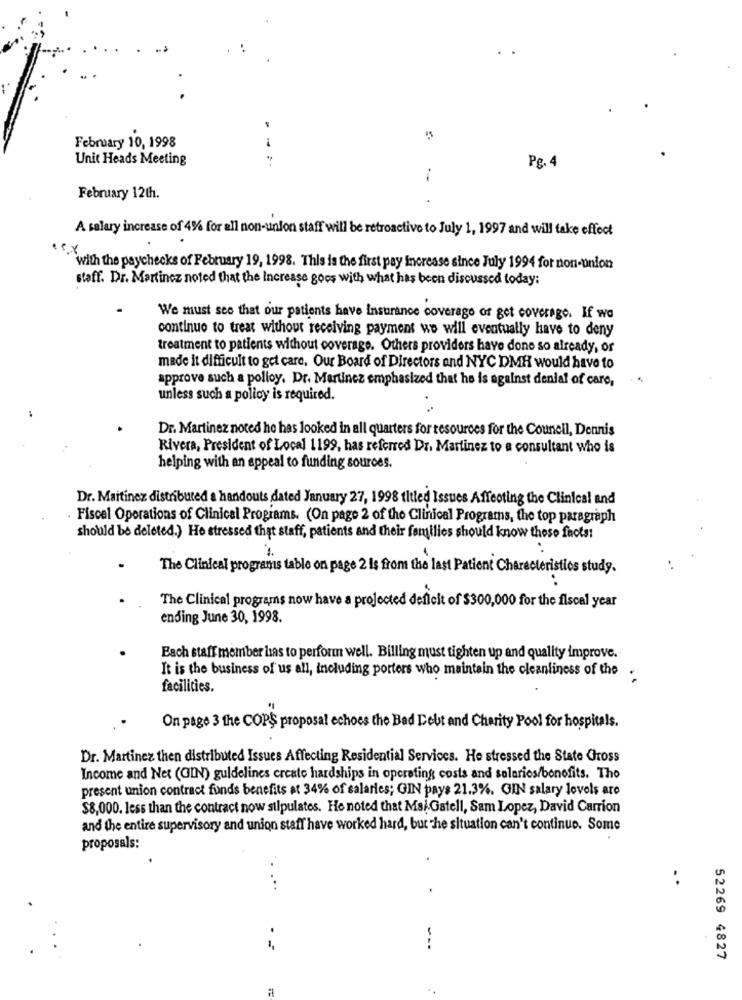
February 10, 1998
Unit Heads Meeting
Pg. 4
February 12th.
A salary increase of 4% for all non-union staff will be retroactive to July 1, 1997 and will take effect
with the paychecks of February 19, 1998. This is the first pay increase since July 1994 for non-union
staff. Dr. Martinez noted that the Increase goes with what has been discussed today:
We must see that our patients have Insurance coverage of get coverage. If we
continuo to treat without receiving payment we will eventually have to deny
treatment to patients without coverage. Others providers have done so already, or
made it difficult to get care. Our Board of Directors and NYC DMH would have to
approve such a polloy. Dr. Martinez emphasized that he is against denial of care,
..
unless such a policy is required.
Dr. Martinez noted he has looked in all quarters for resources for the Council, Dennis
Rivera, President of Local 1199, has referred Dr. Martinez to a consultant who is
helping with an appeal to funding sources.
Dr. Martinez distributed a handouts dated January 27, 1998 titled Issues Affecting the Clinical and
Fiscal Operations of Clinical Programs. (On page 2 of the Clinical Programs, the top paragraph
should be deleted.) He stressed that staff, patients and their families should know those fots!
.
The Clinical programs table on page 2 is from the last Patient Characteristics study.
The Clinical programs now have a projected deficit of $300,000 for the fiscal year
ending June 30, 1998.
Each staff member has to perform well. Billing must tighten up and quality improve.
It is the business of us all, including porters who maintain the cleanliness of the
..
facilities.
On page 3 the COPS proposal echoes the Bad Debt and Charity Pool for hospitals.
Dr. Martinez then distributed Issues Affecting Residential Services. He stressed the State Gross
Income and Net (GIN) guidelines create hardships in operating costs and salaries/benefits. Tho
present union contract funds benefits at 34% of salaries; GIN pays 21.3%. GIN salary levels are
$8,000. less than the contract now stipulates. He noted that MaiGatell, Sam Lopez, David Carrion
and the entire supervisory and union staff have worked hard, but the situation can't continuo. Some
proposals:
.
. .
.. ...
.
---
52269 4827